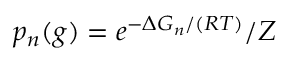
p _ { n } ( g ) = e ^ { - \Delta G _ { n } / ( R T ) } / Z